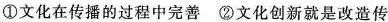
① 文化在传播的过程中完善 ②文化创新就是改造传